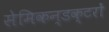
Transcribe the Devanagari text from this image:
सेमिकन्डक्टरों